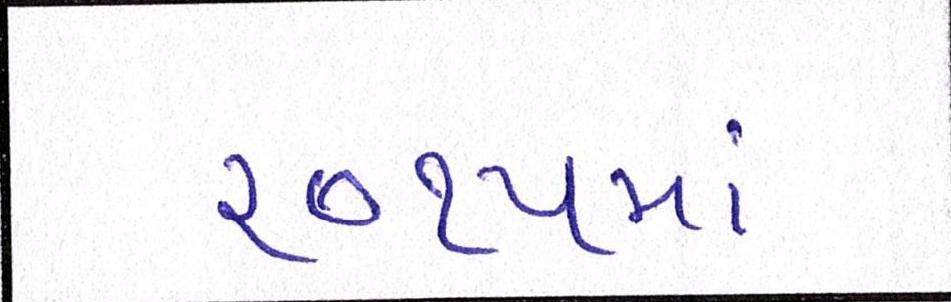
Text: ૨૦૧૫માં